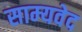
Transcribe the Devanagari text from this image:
साम्‍यवेद